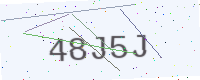
Text: 48J5J